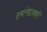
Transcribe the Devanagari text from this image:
इमानेइतबारे